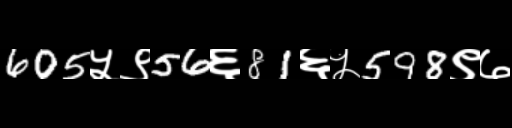
Text: 605५९56६81६५598९७